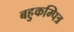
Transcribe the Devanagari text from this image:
बहुकम्पित्र